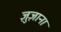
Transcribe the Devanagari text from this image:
ज़ुज़ाना